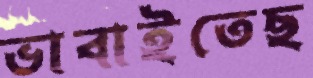
ভাবাইতেছ